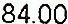
84.00